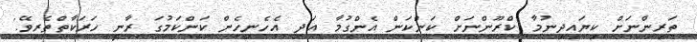
ތަރިންނަށް ކިޔައިދިނުމާ ކްރޫންނަށް ކަންކަން އެންގުމާ އަދި އެހެނިހެން ކަންކަމުގަ ރާނީ ހަރަކާތްތެރިވޭ.'